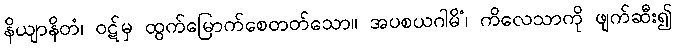
နိယျာနိတံ၊ ဝဋ်မှ ထွက်မြောက်စေတတ်သော။ အပစယဂါမိံ၊ ကိလေသာကို ဖျက်ဆီး၍